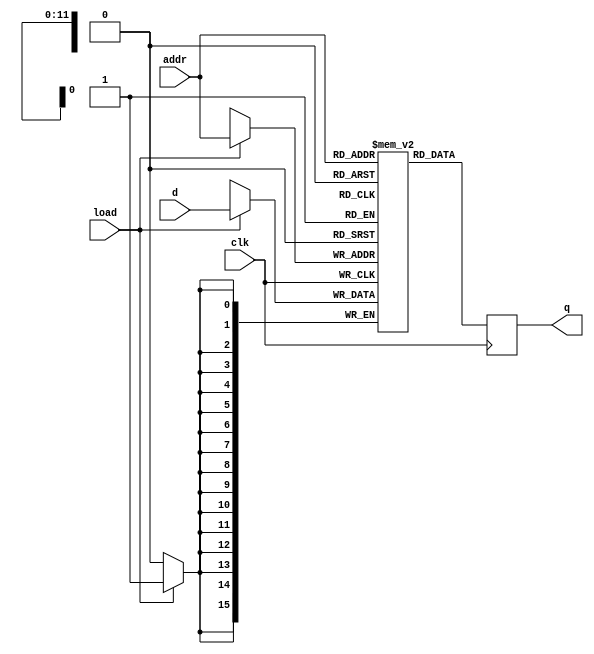
module ram(clk, load, addr, d, q);
 parameter DWIDTH=16,AWIDTH=12,WORDS=4096;
// parameter mem_file_name = "none";

 input clk,load;
 input [AWIDTH-1:0] addr;
 input [DWIDTH-1:0] d;
 output [DWIDTH-1:0] q;
 reg [DWIDTH-1:0] q;
 reg [DWIDTH-1:0] mem [WORDS-1:0];

 always @(posedge clk)
   begin
     if(load) mem[addr] <= d;
     q <= mem[addr];
   end
/*
 initial begin
    $readmemh(mem_file_name, mem);
 end
*/
endmodule